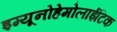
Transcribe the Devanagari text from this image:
इम्यूनोहेमोलाईटिक